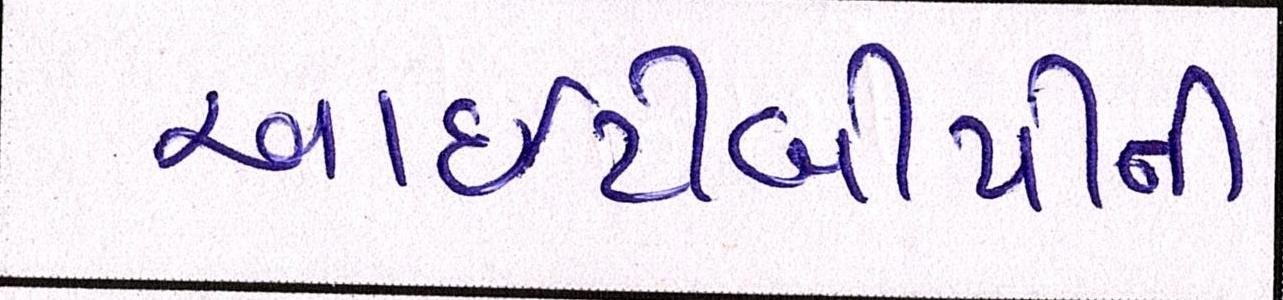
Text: આઇટીબીપીની